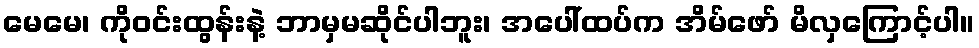
မေမေ၊ ကိုဝင်းထွန်းနဲ့ ဘာမှမဆိုင်ပါဘူး၊ အပေါ်ထပ်က အိမ်ဖော် မိလှကြောင့်ပါ။